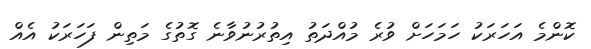
ކޮންމެ އަހަރަކު ހަމަހަށް ވުރެ މުއްދަތު އިތުރުނުވާނެ ގޮތުގެ މަތިން ފަހަރަކު އެއް